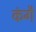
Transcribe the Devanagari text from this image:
कंगै